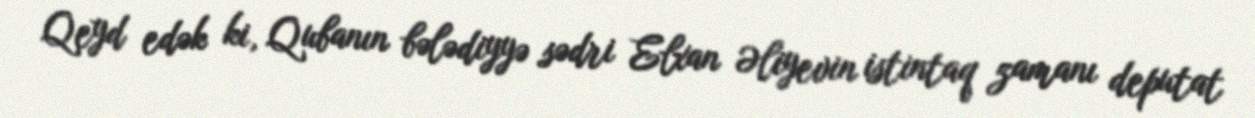
Qeyd edək ki, Qubanın bələdiyyə sədri Elxan Əliyevin istintaq zamanı deputat